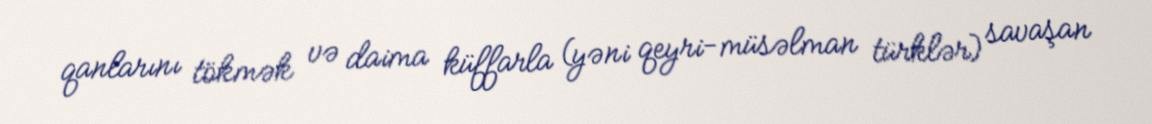
qanlarını tökmək və daima küffarla (yəni qeyri-müsəlman türklər) savaşan